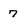
Character: 7